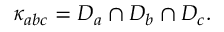
\kappa _ { a b c } = D _ { a } \cap D _ { b } \cap D _ { c } .